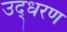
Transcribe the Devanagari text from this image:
उद्‍धरण